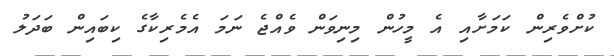
ކުށްވެރިން ކަމަށާއި އެ މީހުން މިނިވަން ވެއްޖެ ނަަމަ އެމެރިކާގެ ކިބައިން ބަދަލު